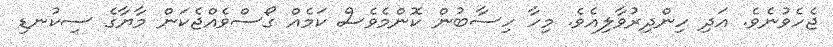
ޖެހެވުނެވެ. އަދި ހިންދިރުވާލިއެވެ. މިހާ ހިސާބުން ކޮންމެވެސް ކަމެއް ގޯސްވެއްޖެކަން މާޔާގެ ސިކުނޑި